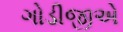
ગોડીજીએ